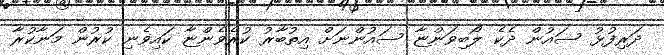
ދަރިފުޅު ސައުން ދެކެ ލޯބިވަންޏާ ސައުންނަށް އިތުބާރު ކުރެވެންޏާ ކައިވެނި ކުރުން މަނާކުރާ